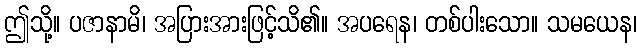
ဤသို့။ ပဇာနာမိ၊ အပြားအားဖြင့်သိ၏။ အပရေန၊ တစ်ပါးသော။ သမယေန၊